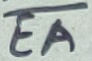
Text: EA